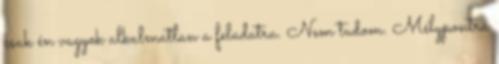
csak én vagyok alkalmatlan a feladatra. Nem tudom. Mélypontra